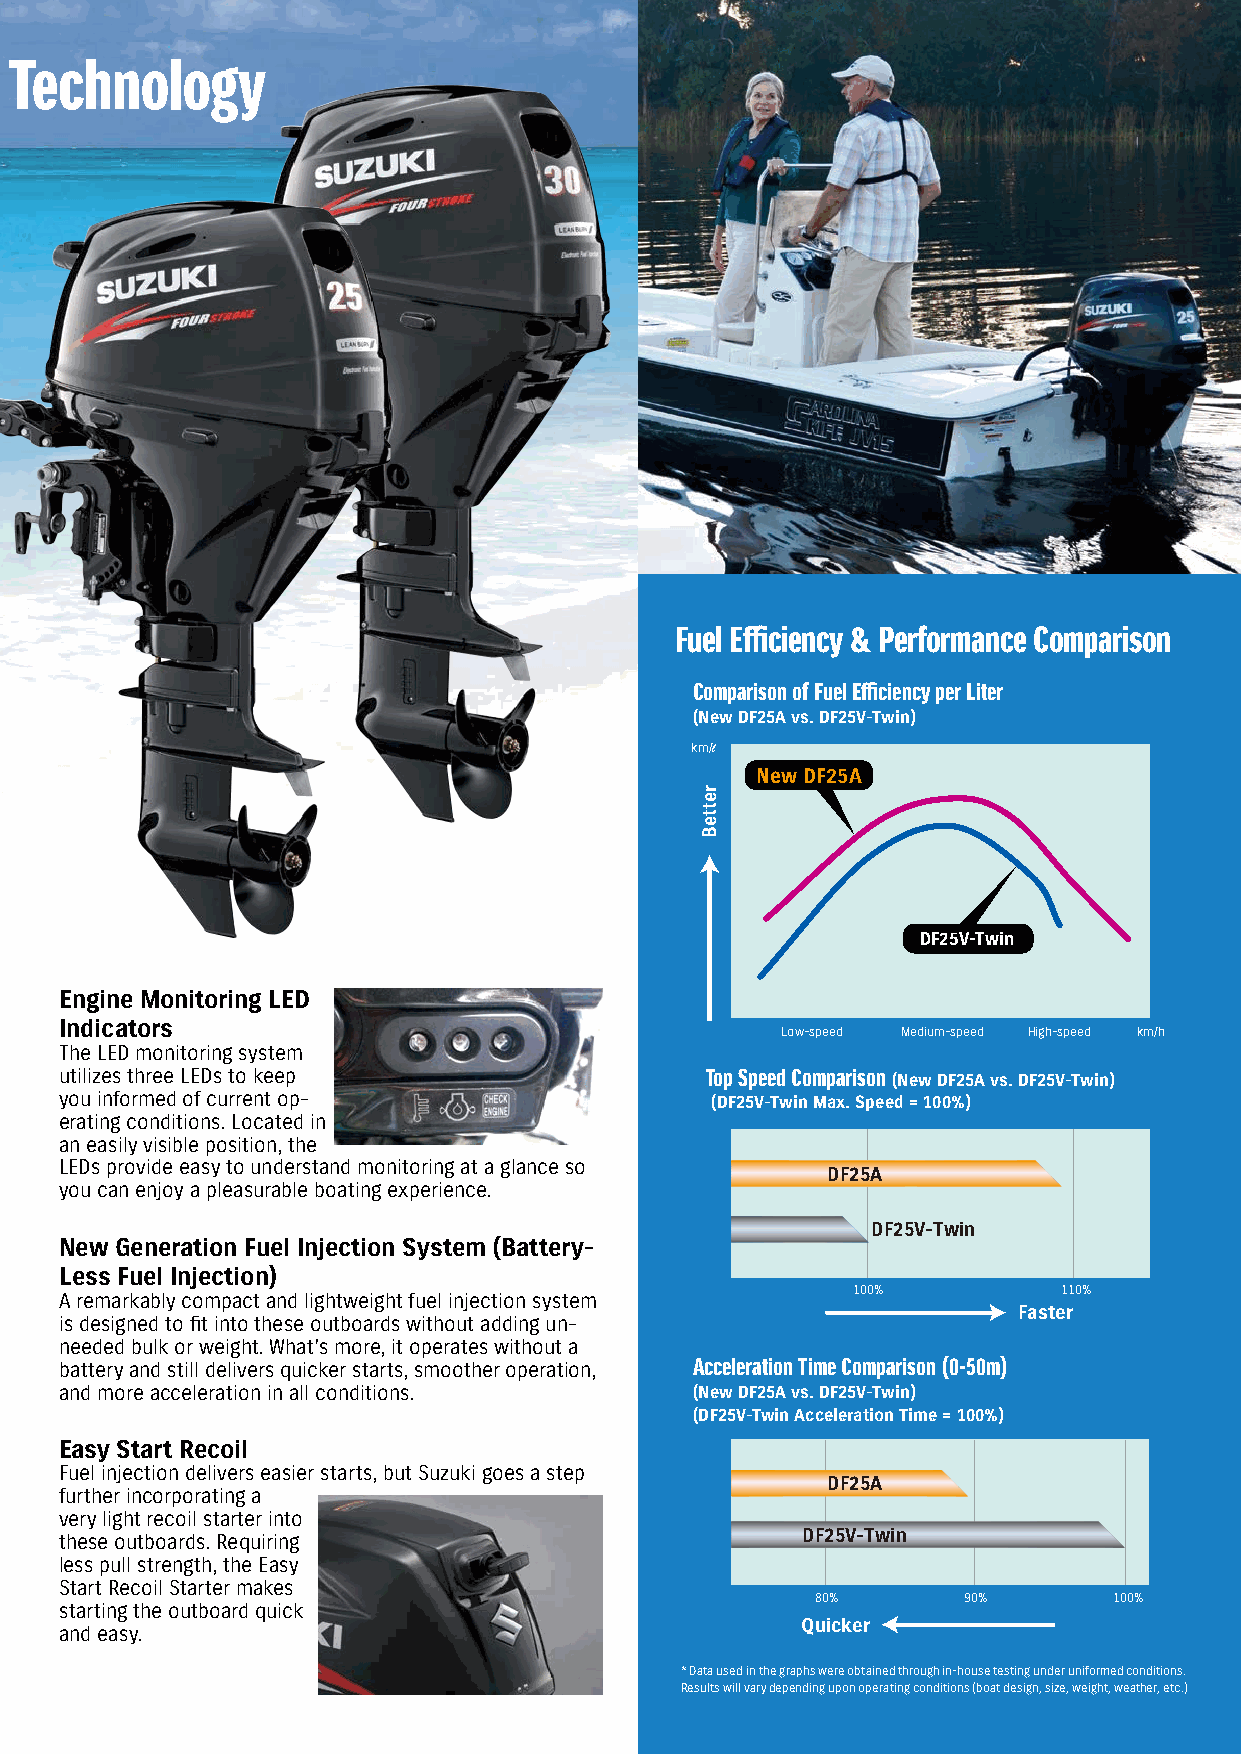
Lightest In Class Outboards Are Packed With Suzuki Technology
 Fuel Efficiency & Performance Comparison
 Comparison of Fuel Efficiency per Liter
 (New DF25A vs. DF25V-Twin)
 km/l
 New DF25A
 DF25V-Twin
 Engine Monitoring LED
 Indicators
 Low-speed Medium-speed High-speed km/h
 The LED monitoring system
 utilizes three LEDs to keep                Top Speed Comparison (New DF25A vs. DF25V-Twin)
 you informed of current op-                (DF25V-Twin Max. Speed = 100%)
 erating conditions. Located in
 an easily visible position, the
 LEDs provide easy to understand monitoring at a glance so
 DF25A
 you can enjoy a pleasurable boating experience.
 DF25V-Twin
 New Generation Fuel Injection System (Battery-
 Less Fuel Injection)
 100%          110%
 A remarkably compact and lightweight fuel injection system
 Faster
 is designed to fit into these outboards without adding un-
 needed bulk or weight. What’s more, it operates without a
 battery and still delivers quicker starts, smoother operation, Acceleration Time Comparison (0-50m)
 and more acceleration in all conditions.  (New DF25A vs. DF25V-Twin)
 (DF25V-Twin Acceleration Time = 100%)
 Easy Start Recoil
 Fuel injection delivers easier starts, but Suzuki goes a step
 DF25A
 further incorporating a
 very light recoil starter into
 DF25V-Twin
 these outboards. Requiring
 less pull strength, the Easy
 Start Recoil Starter makes
 80%       90%       100%
 starting the outboard quick
 Quicker
 and easy.
 * Data used in the graphs were obtained through in-house testing under uniformed conditions.
 Results will vary depending upon operating conditions (boat design, size, weight, weather, etc.)
 retteB